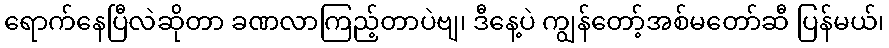
ရောက်နေပြီလဲဆိုတာ ခဏလာကြည့်တာပဲဗျ၊ ဒီနေ့ပဲ ကျွန်တော့်အစ်မတော်ဆီ ပြန်မယ်၊